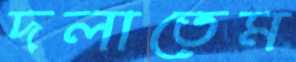
দলাতেম